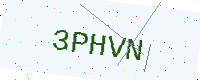
Text: 3PHVN